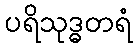
ပရိသုဒ္ဓတရံ